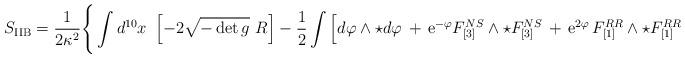
LaTeX: \begin{align*}S_{\rm IIB} = \frac{1}{2 \kappa^2} \Bigg\{ \int d^{10} x~ \left[-2 \sqrt{-\det g}~ R \right] - \frac{1}{2} \int \Big[ d \varphi\wedge \star d \varphi \,+\, {\rm e}^{- \varphi} F_{[3]}^{NS} \wedge \star F_{[3]}^{NS}\,+\, {\rm e}^{2 \varphi}\, F_{[1]}^{RR} \wedge \star F_{[1]}^{RR}\end{align*}